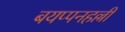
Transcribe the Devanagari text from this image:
बयप्पनहल्ली